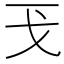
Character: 𢦌